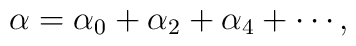
\alpha =\alpha _0+\alpha _2+\alpha _4+\cdots,